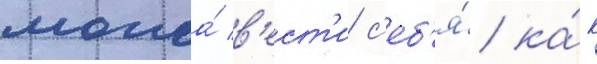
могла́ в'ест'и с'еб'я́ ка́к